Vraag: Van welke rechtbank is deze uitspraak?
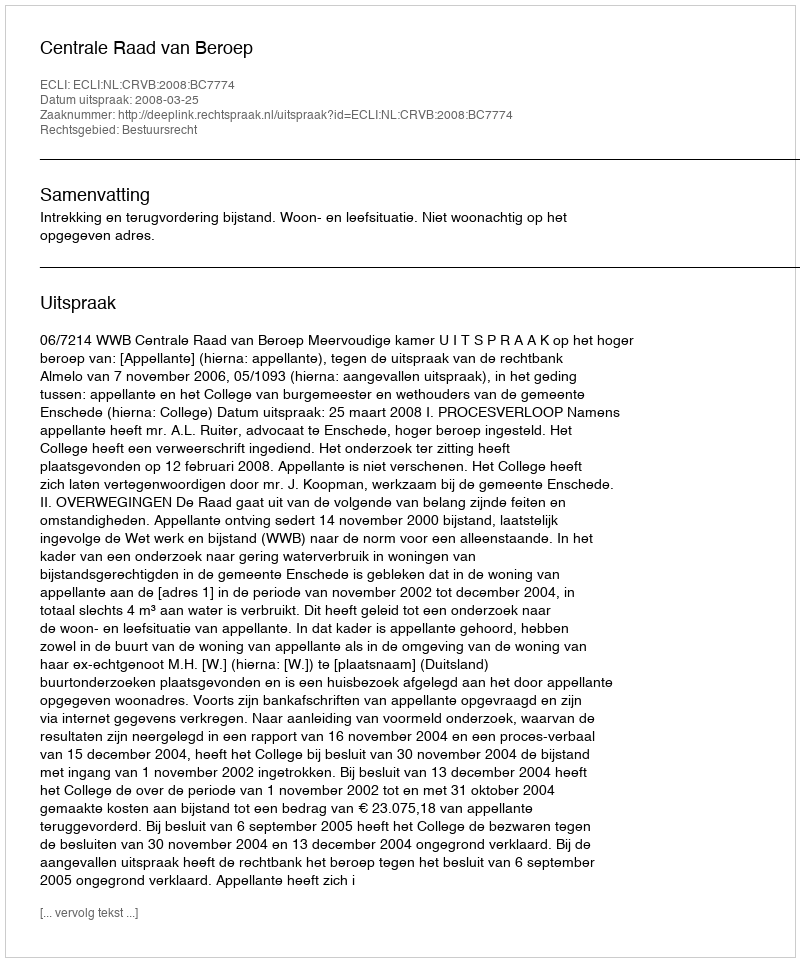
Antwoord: Centrale Raad van Beroep